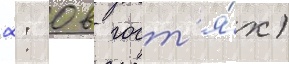
2: 0 в гост'я́х)